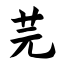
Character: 芫